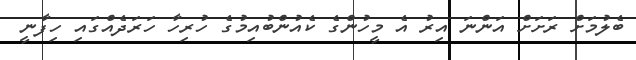
ބެލުމަށް ރަށަށް އަންނަ އިރު އެ މީހުންގެ ކެއުންބުއިމުގެ ހުރިހާ ހަރަދެއްގައި ހިފާނީ